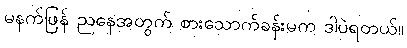
မနက်ဖြန် ညနေအတွက် စားသောက်ခန်းမက ဒါပဲရတယ်။